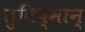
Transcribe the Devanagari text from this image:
तुविष्मान्